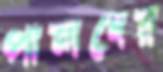
পালদের